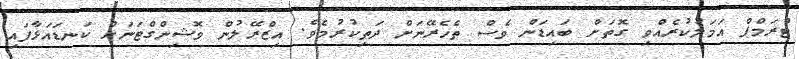
ޓްރަމްޕް އަމަލުކުރެއްވި ގޮތަށް ބައިޑަން ވެސް ތެހެރޭނަށް ދަތިކުރުމެވެ. އިޒްރޭލުން ވޮޝިންގްޓަނަށް ކަނޑައަޅާފައި